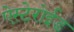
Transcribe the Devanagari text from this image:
ऐस्टेरोईड